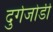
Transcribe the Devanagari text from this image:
दुर्गजोडी